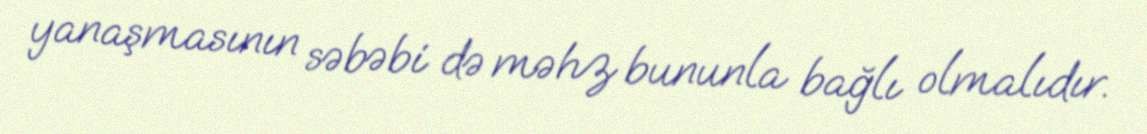
yanaşmasının səbəbi də məhz bununla bağlı olmalıdır.